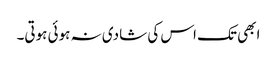
ابھی تک اس کی شادی نہ ہوئی ہوتی۔